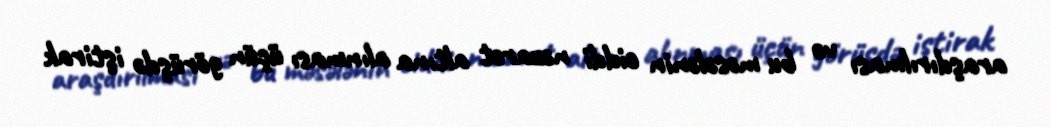
araşdırılması və bu məsələnin ciddi nəzarət altına alınması üçün görüşdə iştirak